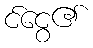
င်ငွေ၏